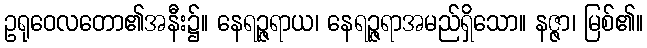
ဥရုဝေလတော၏အနီး၌။ နေရဉ္ဇရာယ၊ နေရဉ္ဇရာအမည်ရှိသော။ နဇ္ဇာ၊ မြစ်၏။